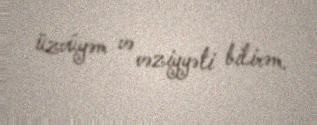
üzvüyəm və vəziyyəti bilirəm.